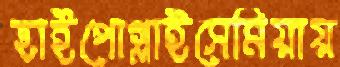
হাইপোগ্লাইসেমিয়ায়